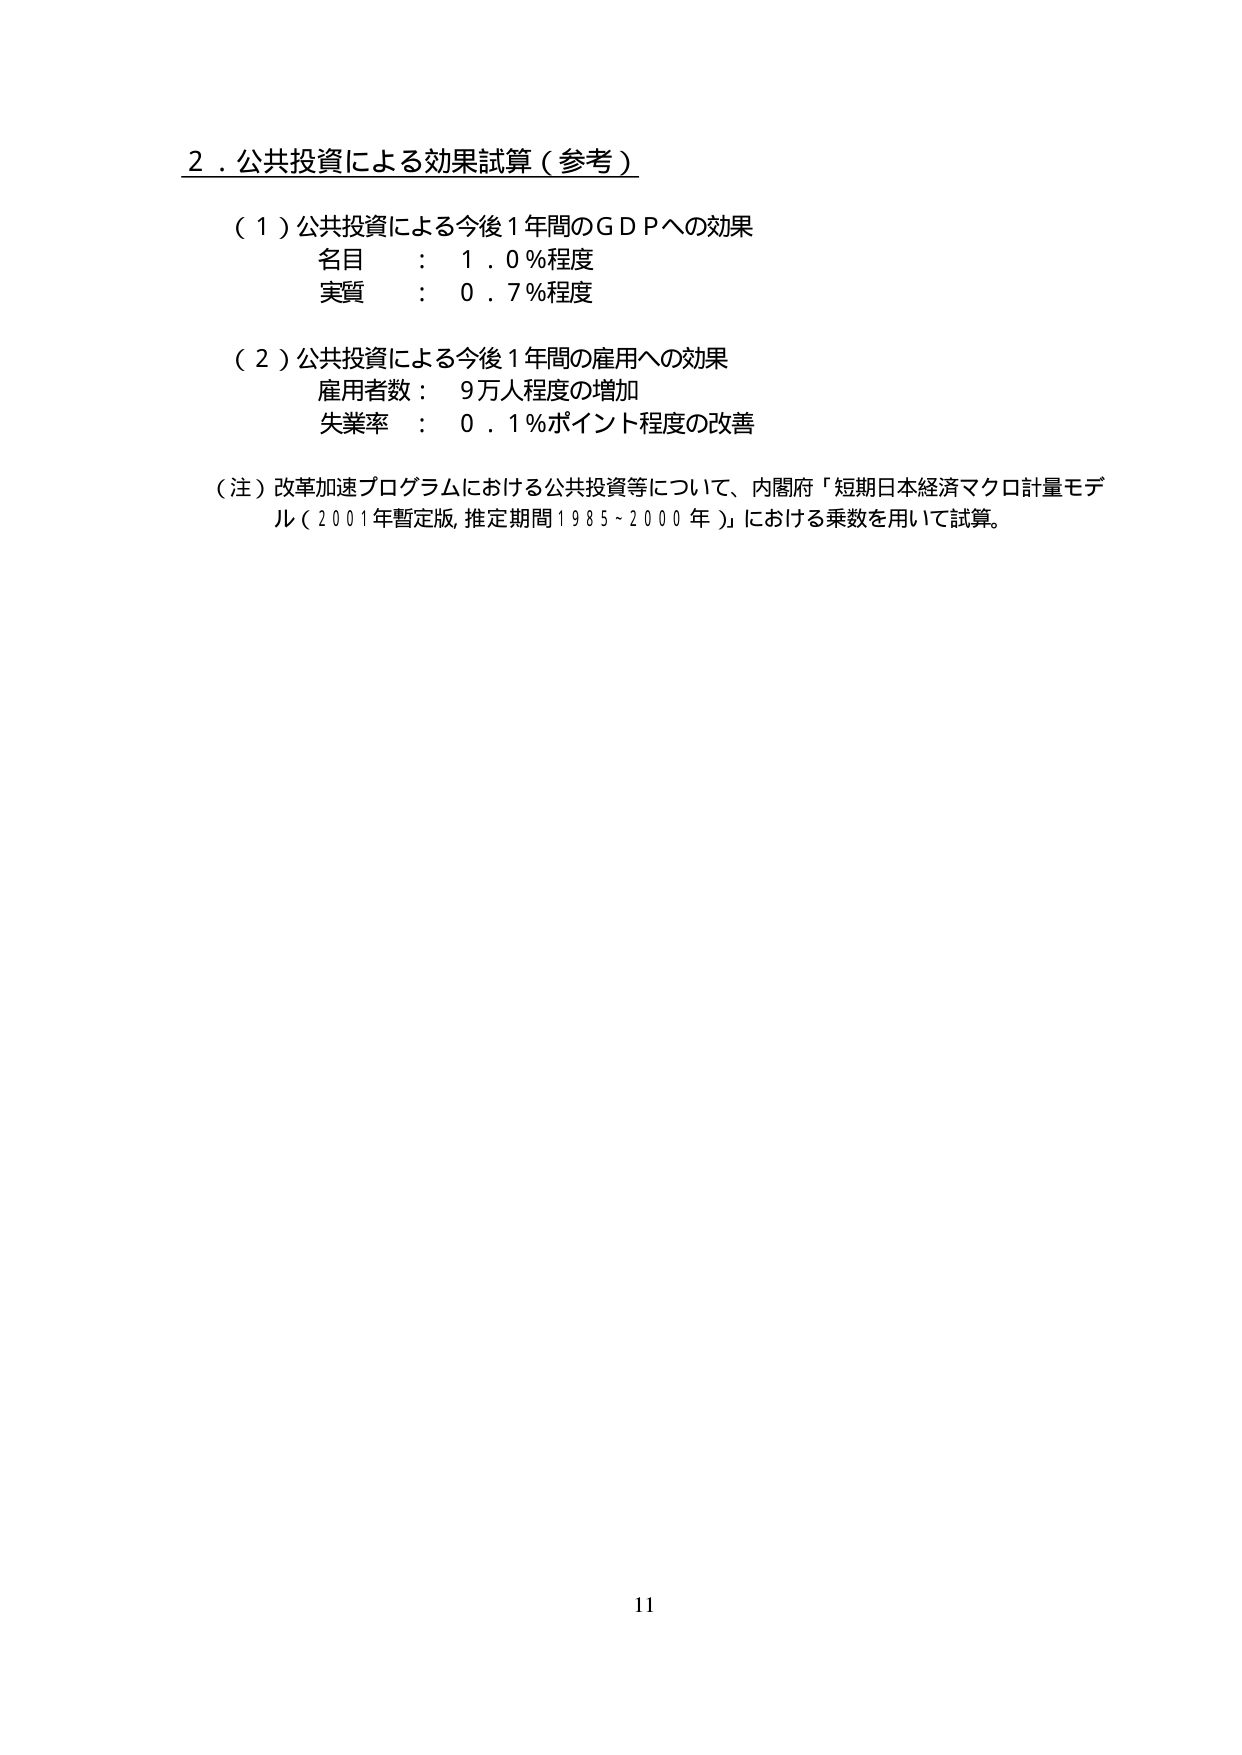
2．公共投資による効果試算（参考）

（1）公共投資による今後1年間のＧＤＰへの効果
名目 ： 1．0％程度
実質 ： 0．7％程度

（2）公共投資による今後1年間の雇用への効果
雇用者数 ： 9万人程度の増加
失業率 ： 0．1％ポイント程度の改善

（注）改革加速プログラムにおける公共投資等について、内閣府「短期日本経済マクロ計量モデル（2001年暫定版 推定期間1985～2000年）」における乗数を用いて試算。

11